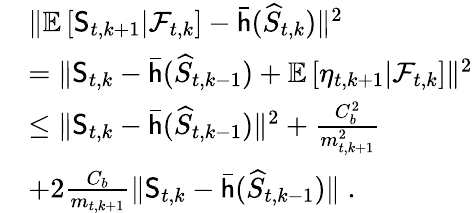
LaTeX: \begin{array}{rl}&{\| \mathbb{E}\left[\mathsf{S}_{t,k+1}\vert\mathcal{F}_{t,k}\right]-\bar{\mathsf{h}}(\widehat{S}_{t,k})\| ^{2}}\\ &{=\| \mathsf{S}_{t,k}-\bar{\mathsf{h}}(\widehat{S}_{t,k-1})+\mathbb{E}\left[\eta_{t,k+1}\vert\mathcal{F}_{t,k}\right]\| ^{2}}\\ &{\leq\| \mathsf{S}_{t,k}-\bar{\mathsf{h}}(\widehat{S}_{t,k-1})\| ^{2}+\frac{C_{b}^{2}}{m_{t,k+1}^{2}}}\\ &{+2\frac{C_{b}}{m_{t,k+1}}\| \mathsf{S}_{t,k}-\bar{\mathsf{h}}(\widehat{S}_{t,k-1})\| \; .}\end{array}